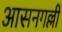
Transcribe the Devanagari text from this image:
आसनगल्ली